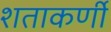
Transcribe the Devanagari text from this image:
शताकर्णी